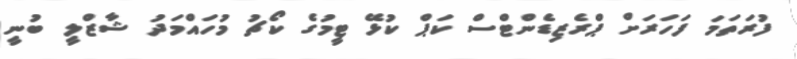
ފުރަތަމަ ފަހަރަށް ޕްރެޒިޑެންޓްސް ކަޕް ކުޅޭ ޓީމުގެ ކޯޗު މުހައްމަދު ޝާޒްލީ ބުނީ